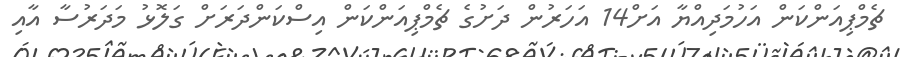
ޗެމްޕިއަންކަން އަހުމަދިއްޔާ އަށް14 އަހަރުން ދަށުގެ ޗެމްޕިއަންކަން އިސްކަންދަރަށް ގަލޮޅު މަދަރުސާ އާއި